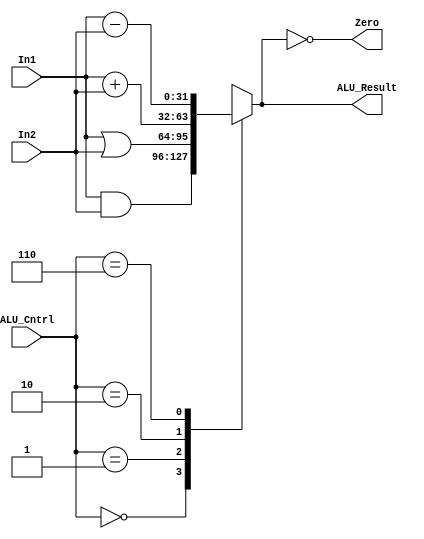
module ALU (ALU_Cntrl, In1, In2, Zero, ALU_Result);
	input wire [3:0] ALU_Cntrl;
	input wire [31:0] In1, In2;
	output reg [31:0] ALU_Result;
	output wire Zero;
	
	localparam [3:0] AND = 4'b0000, OR = 4'b0001, ADD = 4'b0010, SUB = 4'b0110;
	
	
	always @(*)
		begin
		case(ALU_Cntrl)
			AND: ALU_Result = In1 & In2;
			OR: ALU_Result = In1 | In2;
			ADD: ALU_Result	= In1 + In2;
			SUB: ALU_Result = In1 - In2;
			default: ALU_Result = 32'bx;
		endcase
		end
	
	assign Zero = (ALU_Result == 32'b0);
endmodule